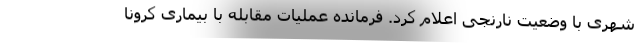
شهری با وضعیت نارنجی اعلام کرد. فرمانده عملیات مقابله با بیماری کرونا